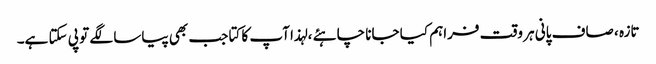
تازہ ، صاف پانی ہر وقت فراہم کیا جانا چاہئے ، لہذا آپ کا کتا جب بھی پیاسا لگے تو پی سکتا ہے۔